Indian journal of veterinary science and animal husbandry - Volumes 28-29, 1958-1959
Year: 1958
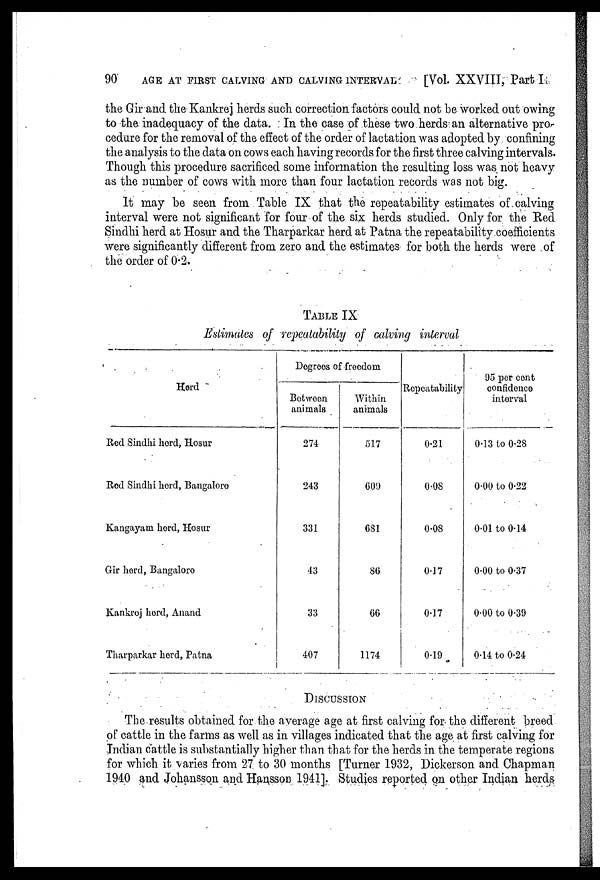
90
AGE AT FIRST CALVING AND CALVING INTERVAL
[Vol. XXVIII, Part I
the Gir and the Kankrej herds such correction factors could not be worked out owing
to the inadequacy of the data. In the case of these two herds an alternative pro-
cedure for the removal of the effect of the order of lactation was adopted by confining
the analysis to the data on cows each having records for the first three calving intervals.
Though this procedure sacrificed some information the resulting loss was not heavy
as the number of cows with more than four lactation records was not big.
It may be seen from Table IX that the repeatability estimates of calving
interval were not significant for four of the six herds studied. Only for the Red
Sindhi herd at Hosur and the Tharparkar herd at Patna the repeatability coefficients
were significantly different from zero and the estimates for both the herds were of
the order of 0.2.
TABLE IX
Estimates of repeatability of calving interval
Herd
Red Sindhi herd, Hosur
Red Sindhi herd, Bangalore
Kangayam herd, Hosur
Gir herd, Bangalore
Kankrej herd, Anand
Tharparkar herd, Patna
Degrees of freedom
Between
animals
274
243
331
43
33
407
Within
animals
517
609
681
86
66
1174
Repeatability
0.21
0.08
0.08
0.17
0.17
0.19
95 per cent
confidence
interval
0.13 to 0.28
0.00 to 0.22
0.01 to 0.14
0.00 to 0.37
0.00 to 0.39
0.14 to 0.24
DISCUSSION
The results obtained for the average age at first calving for the different breed
of cattle in the farms as well as in villages indicated that the age at first calving for
Indian cattle is substantially higher than that for the herds in the temperate regions
for which it varies from 27 to 30 months [Turner 1932, Dickerson and Chapman
1940 and Johansson and Hansson 1941]. Studies reported on other Indian herds